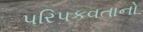
પરિપકવતાનો